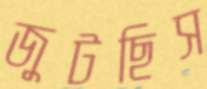
জুটছিস